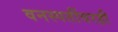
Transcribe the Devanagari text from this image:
वनस्पतींवरही